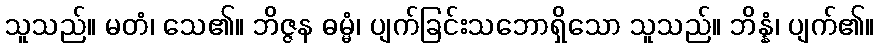
သူသည်။ မတံ၊ သေ၏။ ဘိဇ္ဇန ဓမ္မံ၊ ပျက်ခြင်းသဘောရှိသော သူသည်။ ဘိန္နံ၊ ပျက်၏။